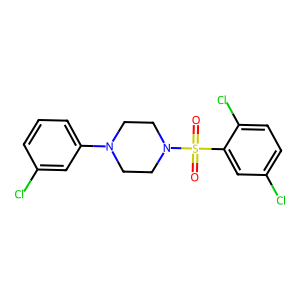
SMILES: O=S(=O)(c1cc(Cl)ccc1Cl)N1CCN(c2cccc(Cl)c2)CC1
Inhibits HIV replication: No